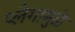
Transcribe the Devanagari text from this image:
प्लेगामुळे